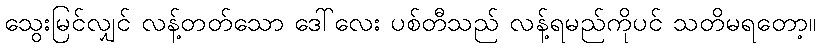
သွေးမြင်လျှင် လန့်တတ်သော ဒေါ်လေး ပစ်တီသည် လန့်ရမည်ကိုပင် သတိမရတော့။